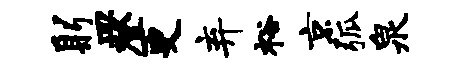
躬皿登更弃裕京弧泉